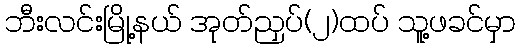
ဘီးလင်းမြို့နယ် အုတ်ညှပ်(၂)ထပ် သူ့ဖခင်မှာ